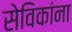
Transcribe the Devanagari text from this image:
सेविकांना